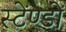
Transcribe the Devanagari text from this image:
स्टेंण्डों